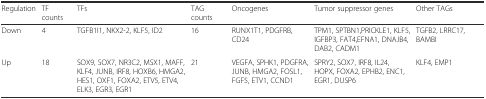
<table><thead><tr><td><b>Regulation</b></td><td><b>TF counts</b></td><td><b>TFs</b></td><td><b>TAG counts</b></td><td><b>Oncogenes</b></td><td><b>Tumor suppressor genes</b></td><td><b>Other TAGs</b></td></tr></thead><tbody><tr><td>Down</td><td>4</td><td>TGFB1I1, NKX2-2, KLF5, ID2</td><td>16</td><td>RUNX1T1, PDGFRB, CD24</td><td>TPM1, SPTBN1,PRICKLE1, KLF5, IGFBP3, FAT4,EFNA1, DNAJB4, DAB2, CADM1</td><td>TGFB2, LRRC17, BAMBI</td></tr><tr><td>Up</td><td>18</td><td>SOX9, SOX7, NR3C2, MSX1, MAFF, KLF4, JUNB, IRF8, HOXB6, HMGA2, HES1, OXF1, FOXA2, ETV5, ETV4, ELK3, EGR3, EGR1</td><td>21</td><td>VEGFA, SPHK1, PDGFRA, JUNB, HMGA2, FOSL1, FGF5, ETV1, CCND1</td><td>SPRY2, SOX7, IRF8, IL24, HOPX, FOXA2, EPHB2, ENC1, EGR1, DUSP6</td><td>KLF4, EMP1</td></tr></tbody></table>